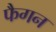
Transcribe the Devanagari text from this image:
फैगन